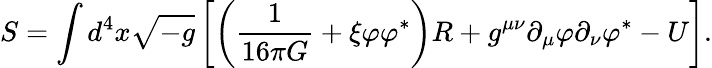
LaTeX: S=\int d^{4}x\sqrt{-g}\left[\left(\frac{1}{16\pi G}+\xi\varphi{\varphi}^{\ast}\right)R+g^{\mu\nu}{\partial}_{\mu}\varphi{\partial}_{\nu}{\varphi}^{\ast}-U\right].